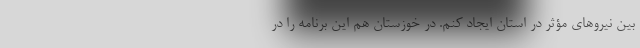
بین نیروهای مؤثر در استان ایجاد کنم. در خوزستان هم این برنامه را در